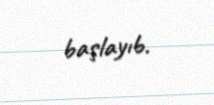
başlayıb.